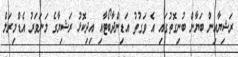
ރަޝިޔާއިން ބަޔާން ބުނިގޮތުގައި އެ ވަގުތު އަޑިންދާބޯޓާއި އިދިކޮޅު ރަޝިޔާގެ މަނަވަރު އެޑްމިރަލް